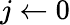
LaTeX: j\leftarrow 0